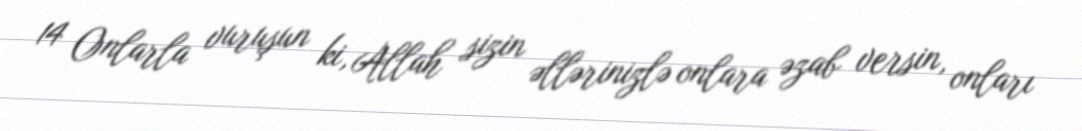
14 Onlarla vuruşun ki, Allah sizin əllərinizlə onlara əzab versin, onları